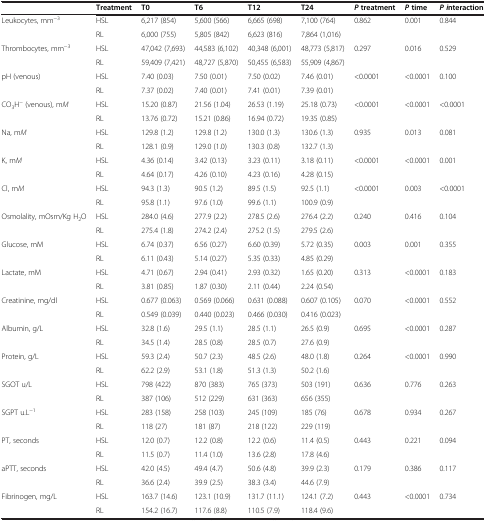
<table><thead><tr><td></td><td><b>Treatment</b></td><td><b>T0</b></td><td><b>T6</b></td><td><b>T12</b></td><td><b>T24</b></td><td><b><i>P</i>treatment</b></td><td><b><i>P</i>time</b></td><td><b><i>P i</i>nteraction</b></td></tr></thead><tbody><tr><td>Leukocytes, mm<sup>−3</sup></td><td>HSL</td><td>6,217 (854)</td><td>5,600 (566)</td><td>6,665 (698)</td><td>7,100 (764)</td><td>0.862</td><td>0.001</td><td>0.844</td></tr><tr><td></td><td>RL</td><td>6,000 (755)</td><td>5,805 (842)</td><td>6,623 (816)</td><td>7,864 (1,016)</td><td></td><td></td><td></td></tr><tr><td>Thrombocytes, mm<sup>−3</sup></td><td>HSL</td><td>47,042 (7,693)</td><td>44,583 (6,102)</td><td>40,348 (6,001)</td><td>48,773 (5,817)</td><td>0.297</td><td>0.016</td><td>0.529</td></tr><tr><td></td><td>RL</td><td>59,409 (7,421)</td><td>48,727 (5,870)</td><td>50,455 (6,583)</td><td>55,909 (4,867)</td><td></td><td></td><td></td></tr><tr><td>pH (venous)</td><td>HSL</td><td>7.40 (0.03)</td><td>7.50 (0.01)</td><td>7.50 (0.02)</td><td>7.46 (0.01)</td><td>&lt;0.0001</td><td>&lt;0.0001</td><td>0.100</td></tr><tr><td></td><td>RL</td><td>7.37 (0.02)</td><td>7.40 (0.01)</td><td>7.41 (0.01)</td><td>7.39 (0.01)</td><td></td><td></td><td></td></tr><tr><td>CO<sub>3</sub>H<sup>−</sup> (venous), m<i>M</i></td><td>HSL</td><td>15.20 (0.87)</td><td>21.56 (1.04)</td><td>26.53 (1.19)</td><td>25.18 (0.73)</td><td>&lt;0.0001</td><td>&lt;0.0001</td><td>&lt;0.0001</td></tr><tr><td></td><td>RL</td><td>13.76 (0.72)</td><td>15.21 (0.86)</td><td>16.94 (0.72)</td><td>19.35 (0.85)</td><td></td><td></td><td></td></tr><tr><td>Na, m<i>M</i></td><td>HSL</td><td>129.8 (1.2)</td><td>129.8 (1.2)</td><td>130.0 (1.3)</td><td>130.6 (1.3)</td><td>0.935</td><td>0.013</td><td>0.081</td></tr><tr><td></td><td>RL</td><td>128.1 (0.9)</td><td>129.0 (1.0)</td><td>130.3 (0.8)</td><td>132.7 (1.3)</td><td></td><td></td><td></td></tr><tr><td>K, m<i>M</i></td><td>HSL</td><td>4.36 (0.14)</td><td>3.42 (0.13)</td><td>3.23 (0.11)</td><td>3.18 (0.11)</td><td>&lt;0.0001</td><td>&lt;0.0001</td><td>0.001</td></tr><tr><td></td><td>RL</td><td>4.64 (0.17)</td><td>4.26 (0.10)</td><td>4.23 (0.16)</td><td>4.28 (0.15)</td><td></td><td></td><td></td></tr><tr><td>Cl, m<i>M</i></td><td>HSL</td><td>94.3 (1.3)</td><td>90.5 (1.2)</td><td>89.5 (1.5)</td><td>92.5 (1.1)</td><td>&lt;0.0001</td><td>0.003</td><td>&lt;0.0001</td></tr><tr><td></td><td>RL</td><td>95.8 (1.1)</td><td>97.6 (1.0)</td><td>99.6 (1.1)</td><td>100.9 (0.9)</td><td></td><td></td><td></td></tr><tr><td>Osmolality, mOsm/Kg H<sub>2</sub>O</td><td>HSL</td><td>284.0 (4.6)</td><td>277.9 (2.2)</td><td>278.5 (2.6)</td><td>276.4 (2.2)</td><td>0.240</td><td>0.416</td><td>0.104</td></tr><tr><td></td><td>RL</td><td>275.4 (1.8)</td><td>274.2 (2.4)</td><td>275.2 (1.5)</td><td>279.5 (2.6)</td><td></td><td></td><td></td></tr><tr><td>Glucose, mM</td><td>HSL</td><td>6.74 (0.37)</td><td>6.56 (0.27)</td><td>6.60 (0.39)</td><td>5.72 (0.35)</td><td>0.003</td><td>0.001</td><td>0.355</td></tr><tr><td></td><td>RL</td><td>6.11 (0.43)</td><td>5.14 (0.27)</td><td>5.35 (0.33)</td><td>4.85 (0.29)</td><td></td><td></td><td></td></tr><tr><td>Lactate, mM</td><td>HSL</td><td>4.71 (0.67)</td><td>2.94 (0.41)</td><td>2.93 (0.32)</td><td>1.65 (0.20)</td><td>0.313</td><td>&lt;0.0001</td><td>0.183</td></tr><tr><td></td><td>RL</td><td>3.81 (0.85)</td><td>1.87 (0.30)</td><td>2.11 (0.44)</td><td>2.24 (0.54)</td><td></td><td></td><td></td></tr><tr><td>Creatinine, mg/dl</td><td>HSL</td><td>0.677 (0.063)</td><td>0.569 (0.066)</td><td>0.631 (0.088)</td><td>0.607 (0.105)</td><td>0.070</td><td>&lt;0.0001</td><td>0.552</td></tr><tr><td></td><td>RL</td><td>0.549 (0.039)</td><td>0.440 (0.023)</td><td>0.466 (0.030)</td><td>0.416 (0.023)</td><td></td><td></td><td></td></tr><tr><td>Albumin, g/L</td><td>HSL</td><td>32.8 (1.6)</td><td>29.5 (1.1)</td><td>28.5 (1.1)</td><td>26.5 (0.9)</td><td>0.695</td><td>&lt;0.0001</td><td>0.287</td></tr><tr><td></td><td>RL</td><td>34.5 (1.4)</td><td>28.5 (0.8)</td><td>28.5 (0.7)</td><td>27.6 (0.9)</td><td></td><td></td><td></td></tr><tr><td>Protein, g/L</td><td>HSL</td><td>59.3 (2.4)</td><td>50.7 (2.3)</td><td>48.5 (2.6)</td><td>48.0 (1.8)</td><td>0.264</td><td>&lt;0.0001</td><td>0.990</td></tr><tr><td></td><td>RL</td><td>62.2 (2.9)</td><td>53.1 (1.8)</td><td>51.3 (1.3)</td><td>50.2 (1.6)</td><td></td><td></td><td></td></tr><tr><td>SGOT u/L</td><td>HSL</td><td>798 (422)</td><td>870 (383)</td><td>765 (373)</td><td>503 (191)</td><td>0.636</td><td>0.776</td><td>0.263</td></tr><tr><td></td><td>RL</td><td>387 (106)</td><td>512 (229)</td><td>631 (363)</td><td>656 (355)</td><td></td><td></td><td></td></tr><tr><td>SGPT u.L<sup>−1</sup></td><td>HSL</td><td>283 (158)</td><td>258 (103)</td><td>245 (109)</td><td>185 (76)</td><td>0.678</td><td>0.934</td><td>0.267</td></tr><tr><td></td><td>RL</td><td>118 (27)</td><td>181 (87)</td><td>218 (122)</td><td>229 (119)</td><td></td><td></td><td></td></tr><tr><td>PT, seconds</td><td>HSL</td><td>12.0 (0.7)</td><td>12.2 (0.8)</td><td>12.2 (0.6)</td><td>11.4 (0.5)</td><td>0.443</td><td>0.221</td><td>0.094</td></tr><tr><td></td><td>RL</td><td>11.5 (0.7)</td><td>11.4 (1.0)</td><td>13.6 (2.8)</td><td>17.8 (4.6)</td><td></td><td></td><td></td></tr><tr><td>aPTT, seconds</td><td>HSL</td><td>42.0 (4.5)</td><td>49.4 (4.7)</td><td>50.6 (4.8)</td><td>39.9 (2.3)</td><td>0.179</td><td>0.386</td><td>0.117</td></tr><tr><td></td><td>RL</td><td>36.6 (2.4)</td><td>39.9 (2.5)</td><td>38.3 (3.4)</td><td>44.6 (7.9)</td><td></td><td></td><td></td></tr><tr><td>Fibrinogen, mg/L</td><td>HSL</td><td>163.7 (14.6)</td><td>123.1 (10.9)</td><td>131.7 (11.1)</td><td>124.1 (7.2)</td><td>0.443</td><td>&lt;0.0001</td><td>0.734</td></tr><tr><td></td><td>RL</td><td>154.2 (16.7)</td><td>117.6 (8.8)</td><td>110.5 (7.9)</td><td>118.4 (9.6)</td><td></td><td></td><td></td></tr></tbody></table>